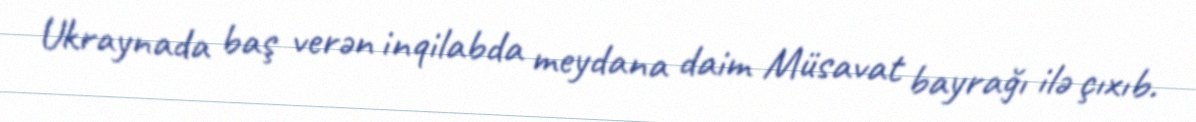
Ukraynada baş verən inqilabda meydana daim Müsavat bayrağı ilə çıxıb.